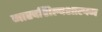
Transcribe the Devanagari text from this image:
नारदशिल्पशास्त्रम